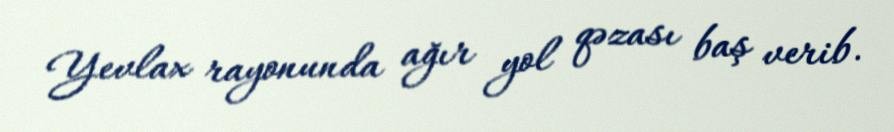
Yevlax rayonunda ağır yol qəzası baş verib.